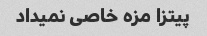
پیتزا مزه خاصی نمیداد